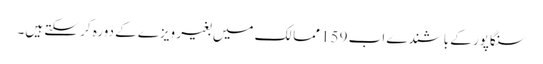
سنگاپور کے باشندے اب 159 ممالک میں بغیر ویزے کے دورہ کر سکتے ہیں۔